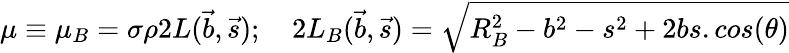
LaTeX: \mu\equiv\mu_{B}=\sigma\rho 2L(\vec{b},\vec{s});\quad 2L_{B}(\vec{b},\vec{s})=\sqrt{R_{B}^{2}-b^{2}-s^{2}+2bs.cos(\theta)}